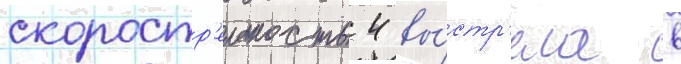
скоростр'ельность 4 вы́стр'ела в